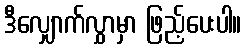
ဒီလျှောက်လွှာမှာ ဖြည့်ပေးပါ။